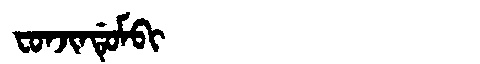
Manchu: ᠸᠣᠨᠵᡳᠨᡩᡠᠮᠪᡳ
Romanization: FONJINDUMBI